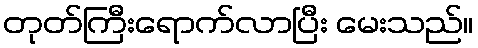
တုတ်ကြီးရောက်လာပြီး မေးသည်။